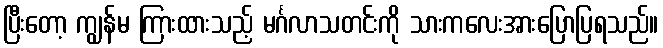
ပြီးတော့ ကျွန်မ ကြားထားသည့် မင်္ဂလာသတင်းကို သားကလေးအားပြောပြရသည်။